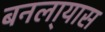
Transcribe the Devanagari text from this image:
बनला्यास